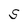
Character: S